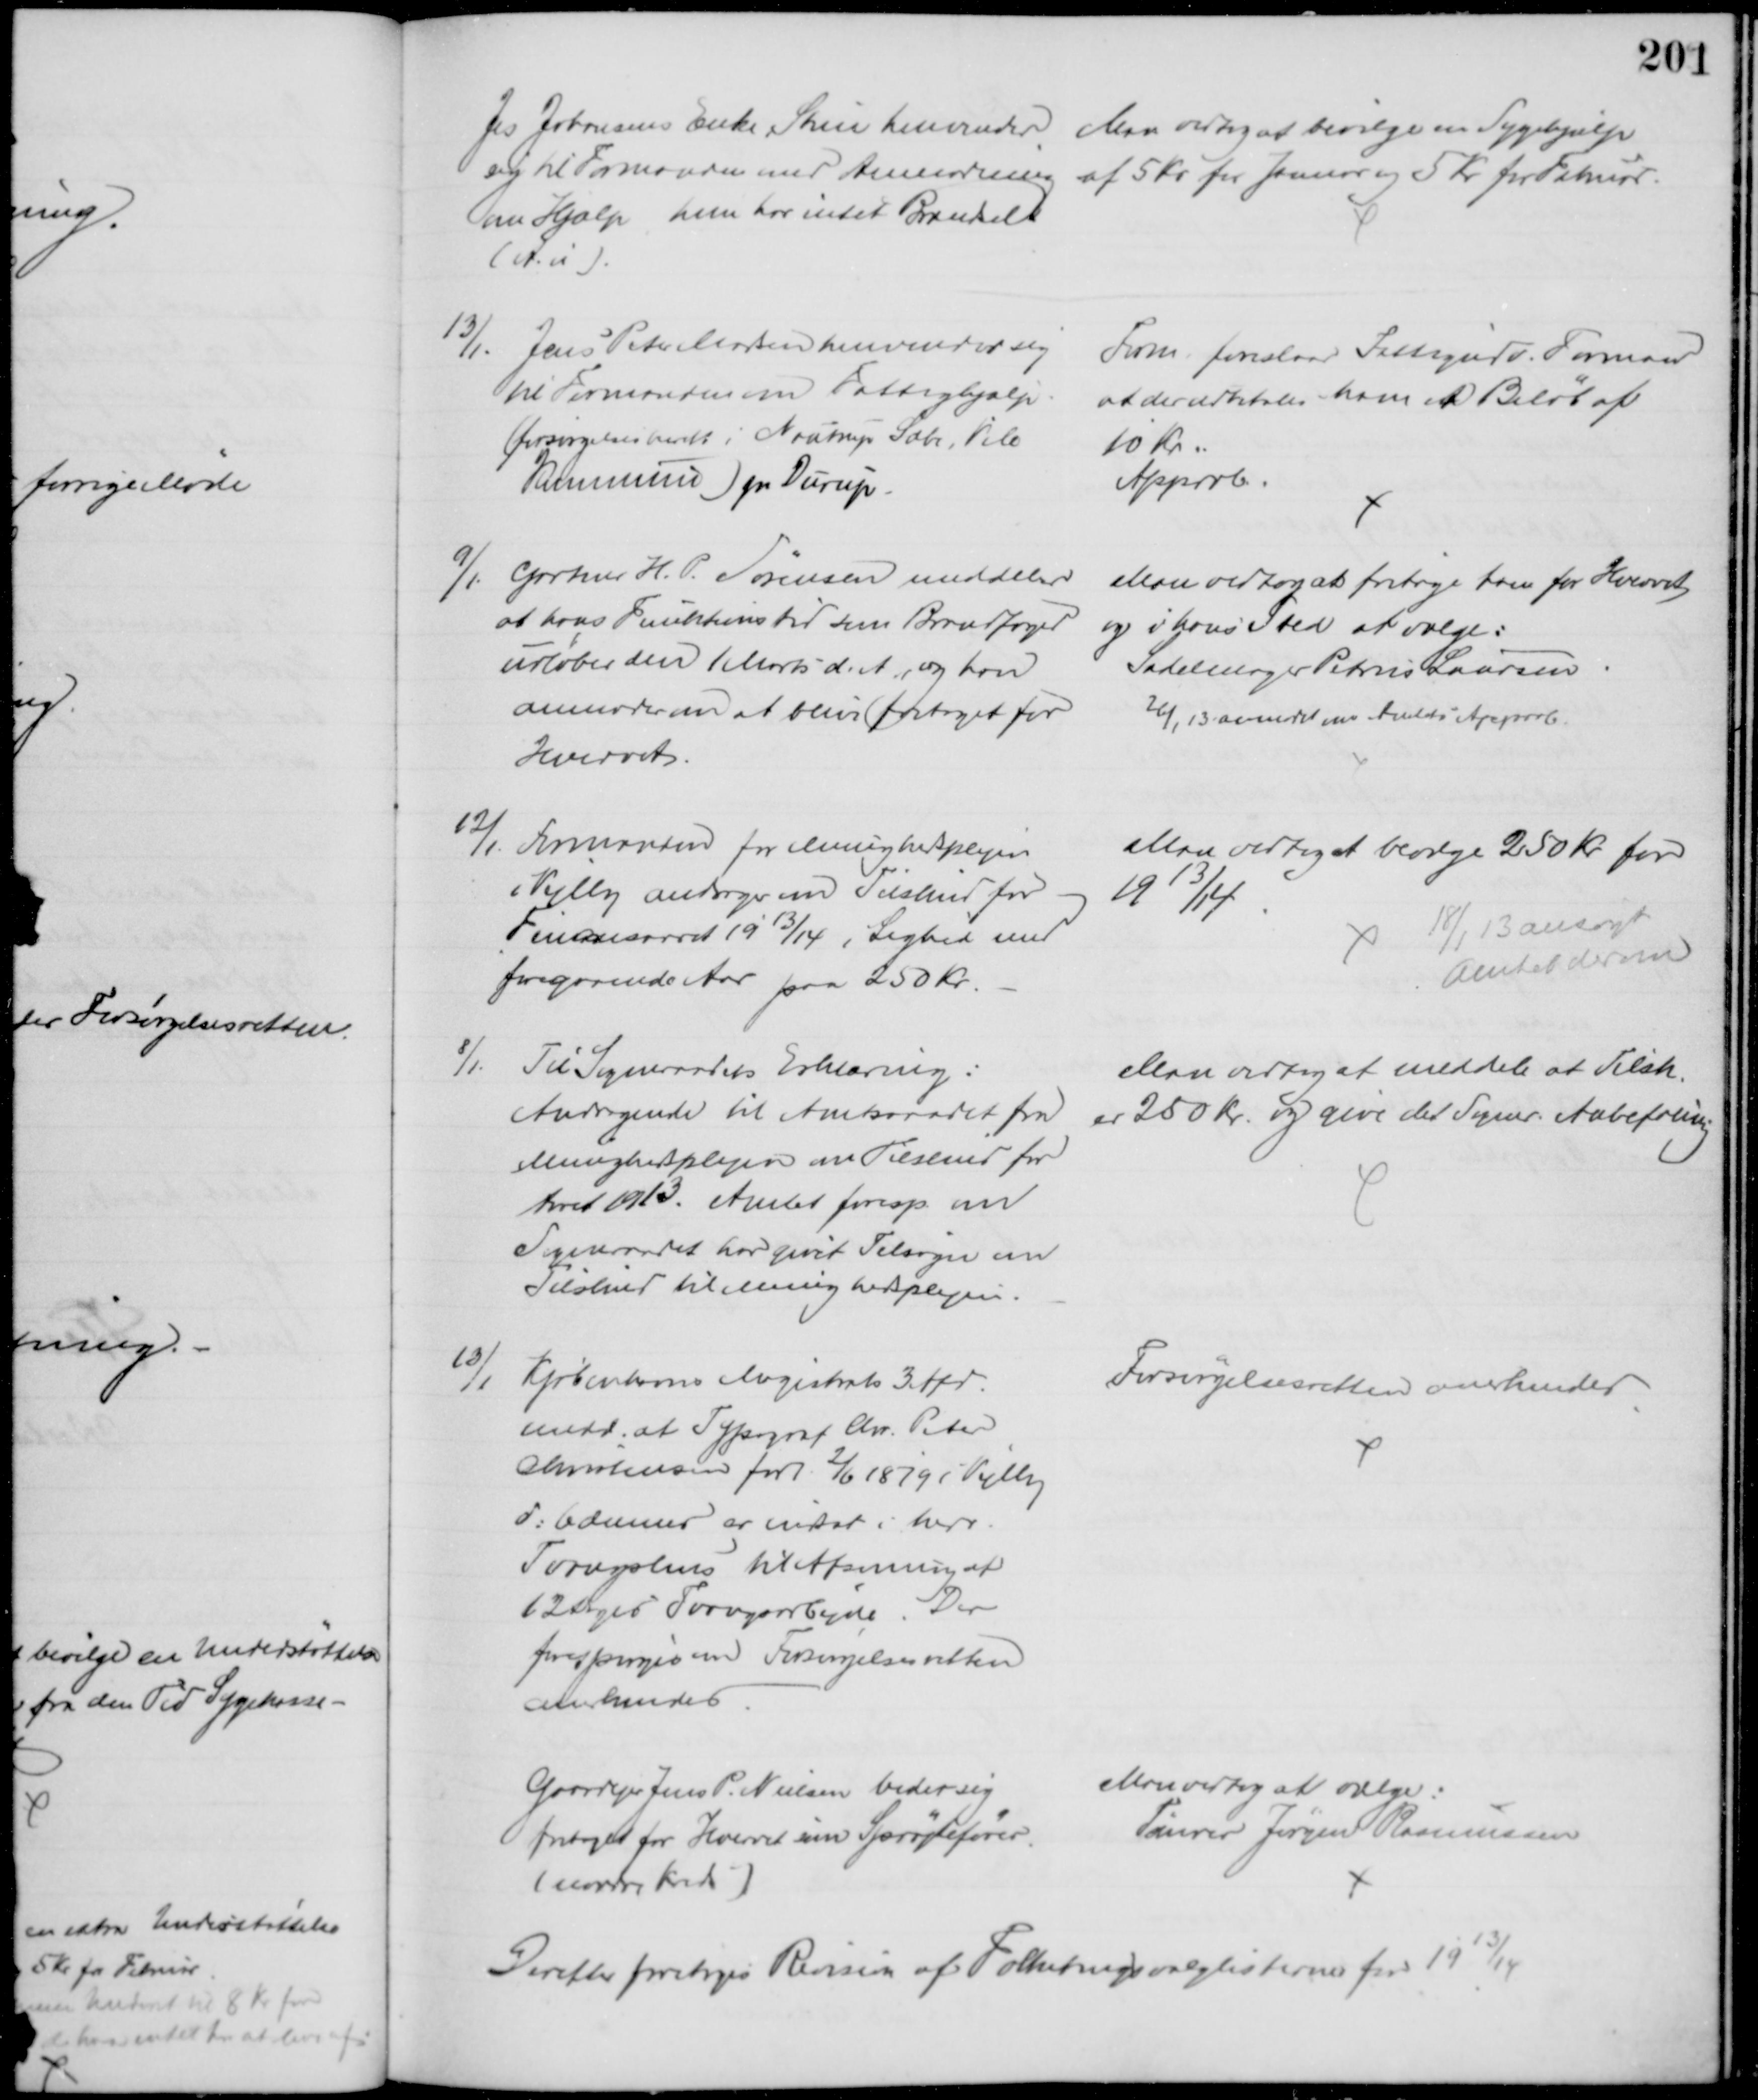
Transskription:
Jes Johansens Enke, Stine henvender 
sig til Formanden med Anmodning 
om Hjælp hun har intet Brændsel
(A.u).
 Man vedtog at bevilge en Sygehjælp
 af 5 Kr for Januar og 5 Kr for Februar.
13/1. Jens Peter Madsen henvender sig
til Formanden om Fattighjælp
(forsørgelsesberett i Nautrup Sæby, Vile
Kommune) pr. Durup.
Form. foreslaar Fattigudv. Formand
at der udbetales ham et Beløb af
10 Kr.
Approb.
9/1 Gartner H. P. Sørensen meddeler
at hans Funktionstid som Brandfoged
udløber den 1 Marts d. A., og han
anmoder om at blive fritaget for
Hvervet.
Man vedtog at fritage ham for Hvervet
og i hans Sted at vælge:
Sadelmager Petrus Laursen
26/1 13 anmodet om Amtets Approb.
12/1.
Formanden for Menighedsplejen
i Vejlby andrager om Tilskud for
Finansaaret 1913/14 i Lighed med
foregaaende Aar paa 250 Kr.
Man vedtog at bevilge 250 Kr for 
1913/14
18/1 13 ansøgt
Amtet derom
8/1.
Til Sogneraadets Erklæring:
Andragende til Amtsraadet fra
Menighedsplejen om Tilskud for
Aaret 1913. Amtet foresp. om
Sogneraadet har givet Tilsagn om
Tilskud til Menighedsplejen.
Man vedtog at meddele at Tilsk.
er 250 Kr. og give det Sogner. Anbefaling
13/1
Kjøbenhavns Magistrats 3 Afd.
medd. at Typograf Chr. Peter
Christensen født 2/6 1879 i Vejlby
d. 6 dennes er indsat i herv.
Tvangshus til Afsoning af
62 Dages Tvangsarbejde. Der
forespørges om Forsørgelsesretten
anerkendes
Forsørgelsesretten anerkendes
Gaardejer Jens P. Nielsen beder sig
fritaget for Hvervet som Sprøjtefører.
(nordre Kreds)
Man vedtog at vælge:
Tømrer Jørgen Rasmussen
Derefter foretoges Revision af Folketingsvalglisterne for 1913/14